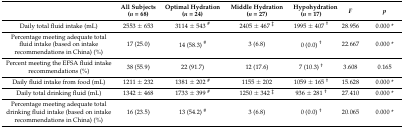
|  | All Subjects (n = 68) | Optimal Hydration (n = 24) | Middle Hydration (n = 27) | Hypohydration (n = 17) | F | p |
 | --- | --- | --- | --- | --- | --- | --- |
 | Daily total fluid intake (mL) | 2553 ± 653 | 3114 ± 543 # | 2405 ± 467 ‡ | 1995 ± 407 † | 28.956 | 0.000 * |
 | Percentage meeting adequate total fluid intake (based on intake recommendations in China) (%) | 17 (25.0) | 14 (58.3) # | 3 (6.8) | 0 (0.0) † | 22.667 | 0.000 * |
 | Percent meeting the EFSA fluid intake recommendations (%) | 38 (55.9) | 22 (91.7) | 12 (17.6) | 7 (10.3) † | 3.608 | 0.165 |
 | Daily fluid intake from food (mL) | 1211 ± 232 | 1381 ± 202 # | 1155 ± 202 | 1059 ± 165 † | 15.628 | 0.000 * |
 | Daily total drinking fluid (mL) | 1342 ± 468 | 1733 ± 399 # | 1250 ± 342 ‡ | 936 ± 281 † | 27.410 | 0.000 * |
 | Percentage meeting adequate total drinking fluid intake (based on intake recommendations in China) (%) | 16 (23.5) | 13 (54.2) # | 3 (6.8) | 0 (0.0) † | 20.065 | 0.000 * |